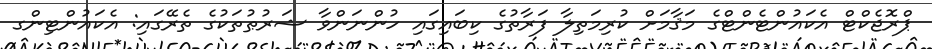
ޕްރޮޖެކްޓް އެކައުންޓެންޓްގެ މަޤާމަށް ކުރިމަތިލާ ފަރާތުގެ ކިބައިގައި ހުންނަންވާ ޝަރުޠުތަކުގެ ތެރޭގައި: އެކައުންޓިންގ